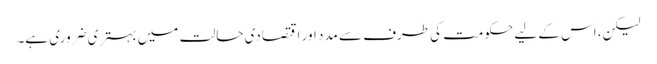
لیکن، اس کے لیے حکومت کی طرف سے مدد اور اقتصادی حالت میں بہتری ضروری ہے۔